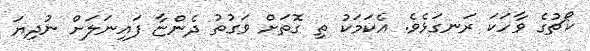
ކޯޗުގެ ވާހަކަ ރަނގަޅެވެ. އެކަމަކު ތި ގޮތަށް ވަގުތު ދެންޏާ ފައިނަލަށް ނުދިޔަ